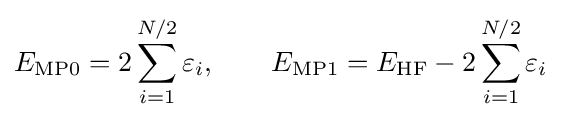
E_{\text{MP0}}=2\sum _{i=1}^{N/2}\varepsilon _{i},\qquad E_{\text{MP1}}=E_{\text{HF}}-2\sum _{i=1}^{N/2}\varepsilon _{i}